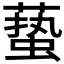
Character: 𱾞